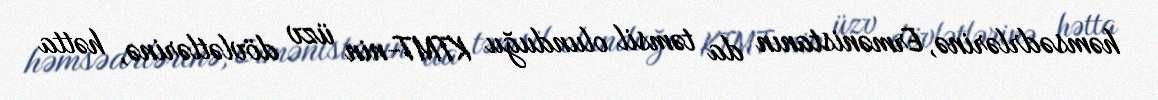
həmsədrlərinə, Ermənistanın da təmsil olunduğu KTMT-nin üzv dövlətlərinə, hətta